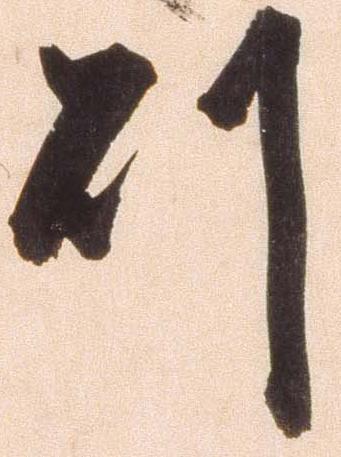
則